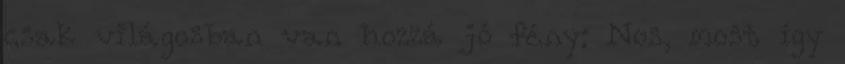
csak világosban van hozzá jó fény: Nos, most így